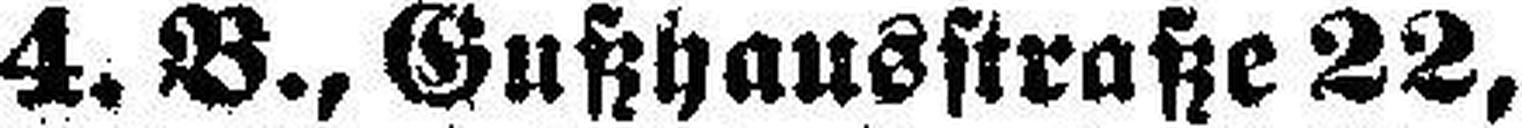
4. B., Gußhausstraße 22,